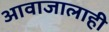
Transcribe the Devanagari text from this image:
आवाजालाही